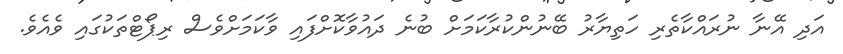
އަދި އޭނާ ނުރައްކާތެރި ހަތިޔާރު ބޭނުންކުރާކަމަށް ބުނެ ދައުވާކޮށްފައި ވާކަމަށްވެސް ރިޕޯޓްތަކުގައި ވެއެވެ.